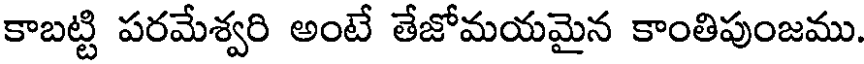
కాబట్టి పరమేశ్వరి అంటే తేజోమయమైన కాంతిపుంజము.